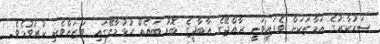
ސަރުކާރުގެ އަމާޒަކަށް ވެފައިވަނީ ރާއްޖޭގެ އާބާދީގެ ބޮޑު ބައެއް ހުޅުމާލޭގައި ވަޒަންވެރި ކުރުވުމެވެ.